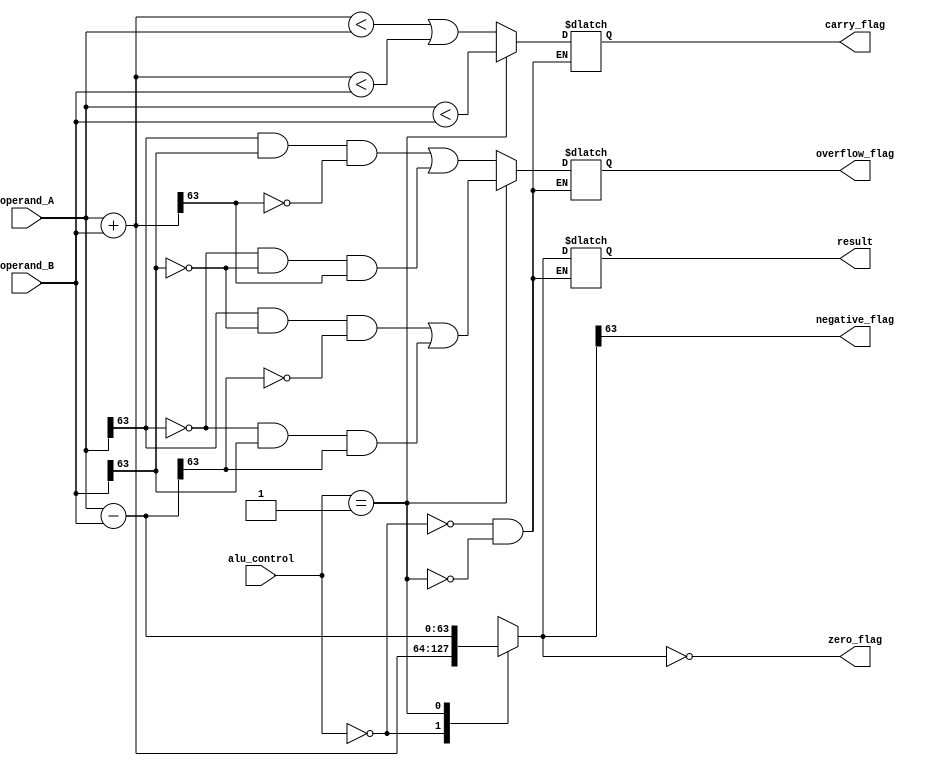
module alu_64bit(input [63:0] operand_A, operand_B, input [2:0] alu_control, 
                 output reg [63:0] result, output reg zero_flag, 
                 output reg negative_flag, output reg overflow_flag, output reg carry_flag);
                 
    always @(*) begin
        case(alu_control)
            3'b000: begin // Addition operation
                result = operand_A + operand_B;
                carry_flag = (result < operand_A || result < operand_B);
                overflow_flag = ((operand_A[63] == 1 && operand_B[63] == 1 && result[63] == 0) || 
                                 (operand_A[63] == 0 && operand_B[63] == 0 && result[63] == 1));
            end
            
            3'b001: begin // Subtraction operation
                result = operand_A - operand_B;
                carry_flag = (operand_A < operand_B);
                overflow_flag = ((operand_A[63] == 1 && operand_B[63] == 0 && result[63] == 0) || 
                                 (operand_A[63] == 0 && operand_B[63] == 1 && result[63] == 1));
            end
        endcase
        
        zero_flag = (result == 64'b0);
        negative_flag = (result[63] == 1);
    end
endmodule